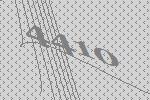
4410